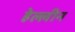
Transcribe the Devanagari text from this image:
हेल्लीन